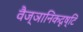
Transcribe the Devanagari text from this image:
वैज्ञानिकदृष्टि